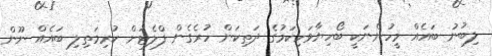
ލިބުނު ބައެއް މީހުންނަކީ ބޯހިޔާވަހިކަމުގެ ދަތިކަން ހުރެގެން ފްލެޓަށް ކުރިމަތިލި ބައެއް ނޫން